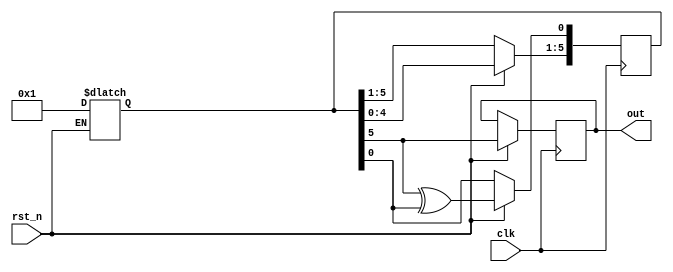
`timescale 1ns / 1ps
//////////////////////////////////////////////////////////////////////////////////
// Company: 
// Engineer: 
// 
// Design Name: 
// Module Name: lab2_3
// Project Name: 
// Target Devices: 
// Tool Versions: 
// Description: 
// 
// Dependencies: 
// 
// Revision:
// Revision 0.01 - File Created
// Additional Comments:
// 
//////////////////////////////////////////////////////////////////////////////////


module lab2_3(clk,rst_n,out);
       input clk,rst_n;
       output out;
       
       reg [5:0] F;
       reg out;
       always@(*)begin
            if(rst_n==0)begin
           F=6'b000001;
           end
       end
       
       always@(posedge clk)begin
            if(rst_n!=0)begin
           {out,F[5:1]} <= F[5:0];
           F[0] <= F[5]^F[0];
           end  
       end
endmodule